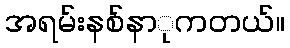
အရမ်းနစ်နာုကတယ်။